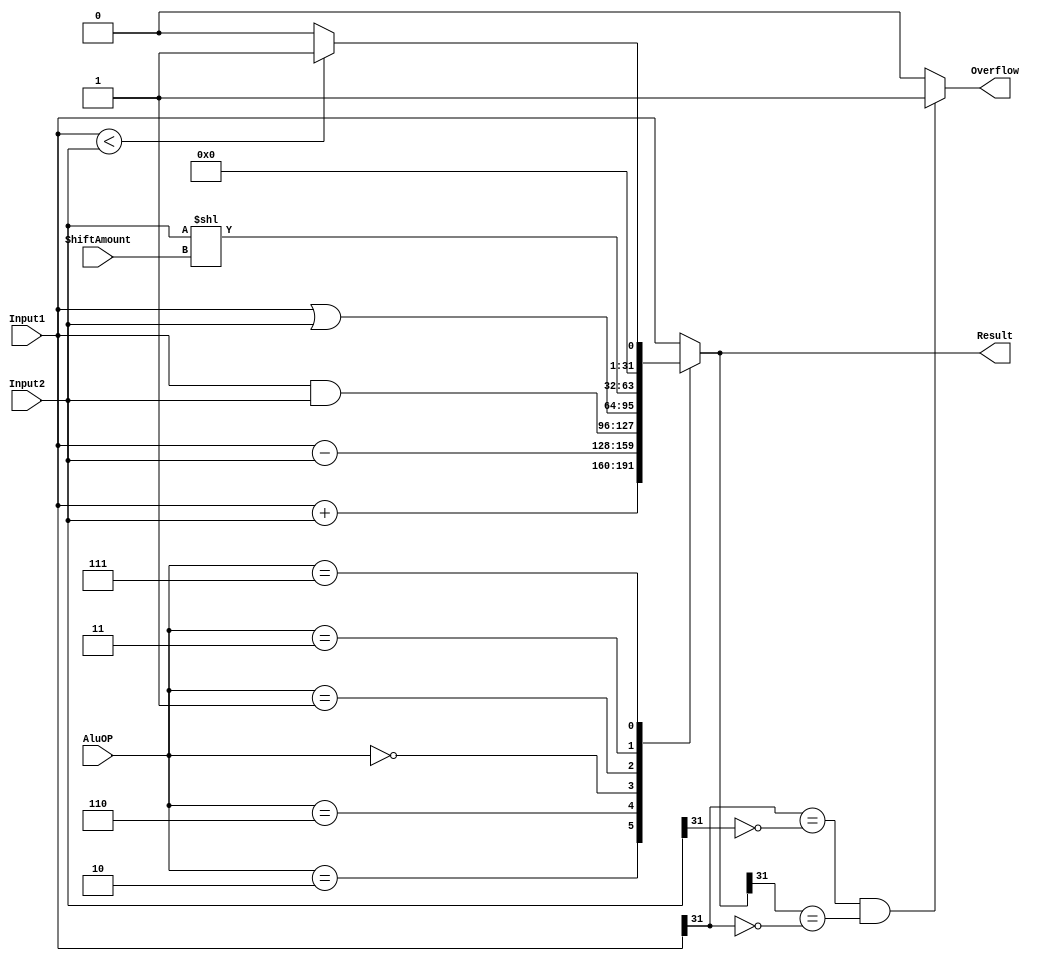
module AluModule(
       output reg signed [31:0] Result,
       output Overflow,
       input [4:0] ShiftAmount,
       input signed [31:0] Input1,Input2,
       input [2:0] AluOP);
//operations
always@(AluOP,Input1,Input2)
 begin
       case(AluOP)
		3'b010: begin // Add operation
		Result<=(Input1+Input2);
		end
		3'b110: begin // Sub operation
		Result<=(Input1-Input2);
		end
		3'b000: begin // And operation
		Result<=(Input1&Input2);
		end
		3'b001: begin // Or operation
		Result<=(Input1|Input2);
		end
		3'b011: begin // Shift Left operation Input1
		Result<=(Input2<<ShiftAmount);
		end
		3'b111: begin // Set Less Than
		Result<=(Input1<Input2)?1:0;
		end
	        default: begin
		Result <= Input1;
		end
       endcase
 end



//overflow
assign Overflow = (Input1[31]==~Input2[31]&&Result[31]==~Input1[31])?1'b1:1'b0;
endmodule